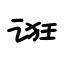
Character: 诳